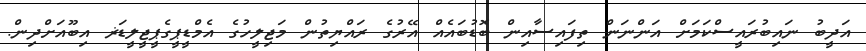
އަދީބު ނައިބުރައީސްކަމަށް އަންނަން ތިފައިސާއިން ބޮޑުބައެއް އޭރުގެ ރައްޔިތުން މަޖިލީހުގެ އެމްޑީޕީގެޕީޖީލީޑަޜ އިބޫއަށްދިން.